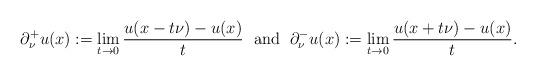
LaTeX: \begin{align*}\partial_{\nu}^+ u (x):=\lim_{t\to0}\frac{u(x-t\nu)-u(x)}{t}\;{\mbox{ and }}\;\partial_{\nu}^- u (x):=\lim_{t\to0}\frac{u(x+t\nu)-u(x)}{t}.\end{align*}